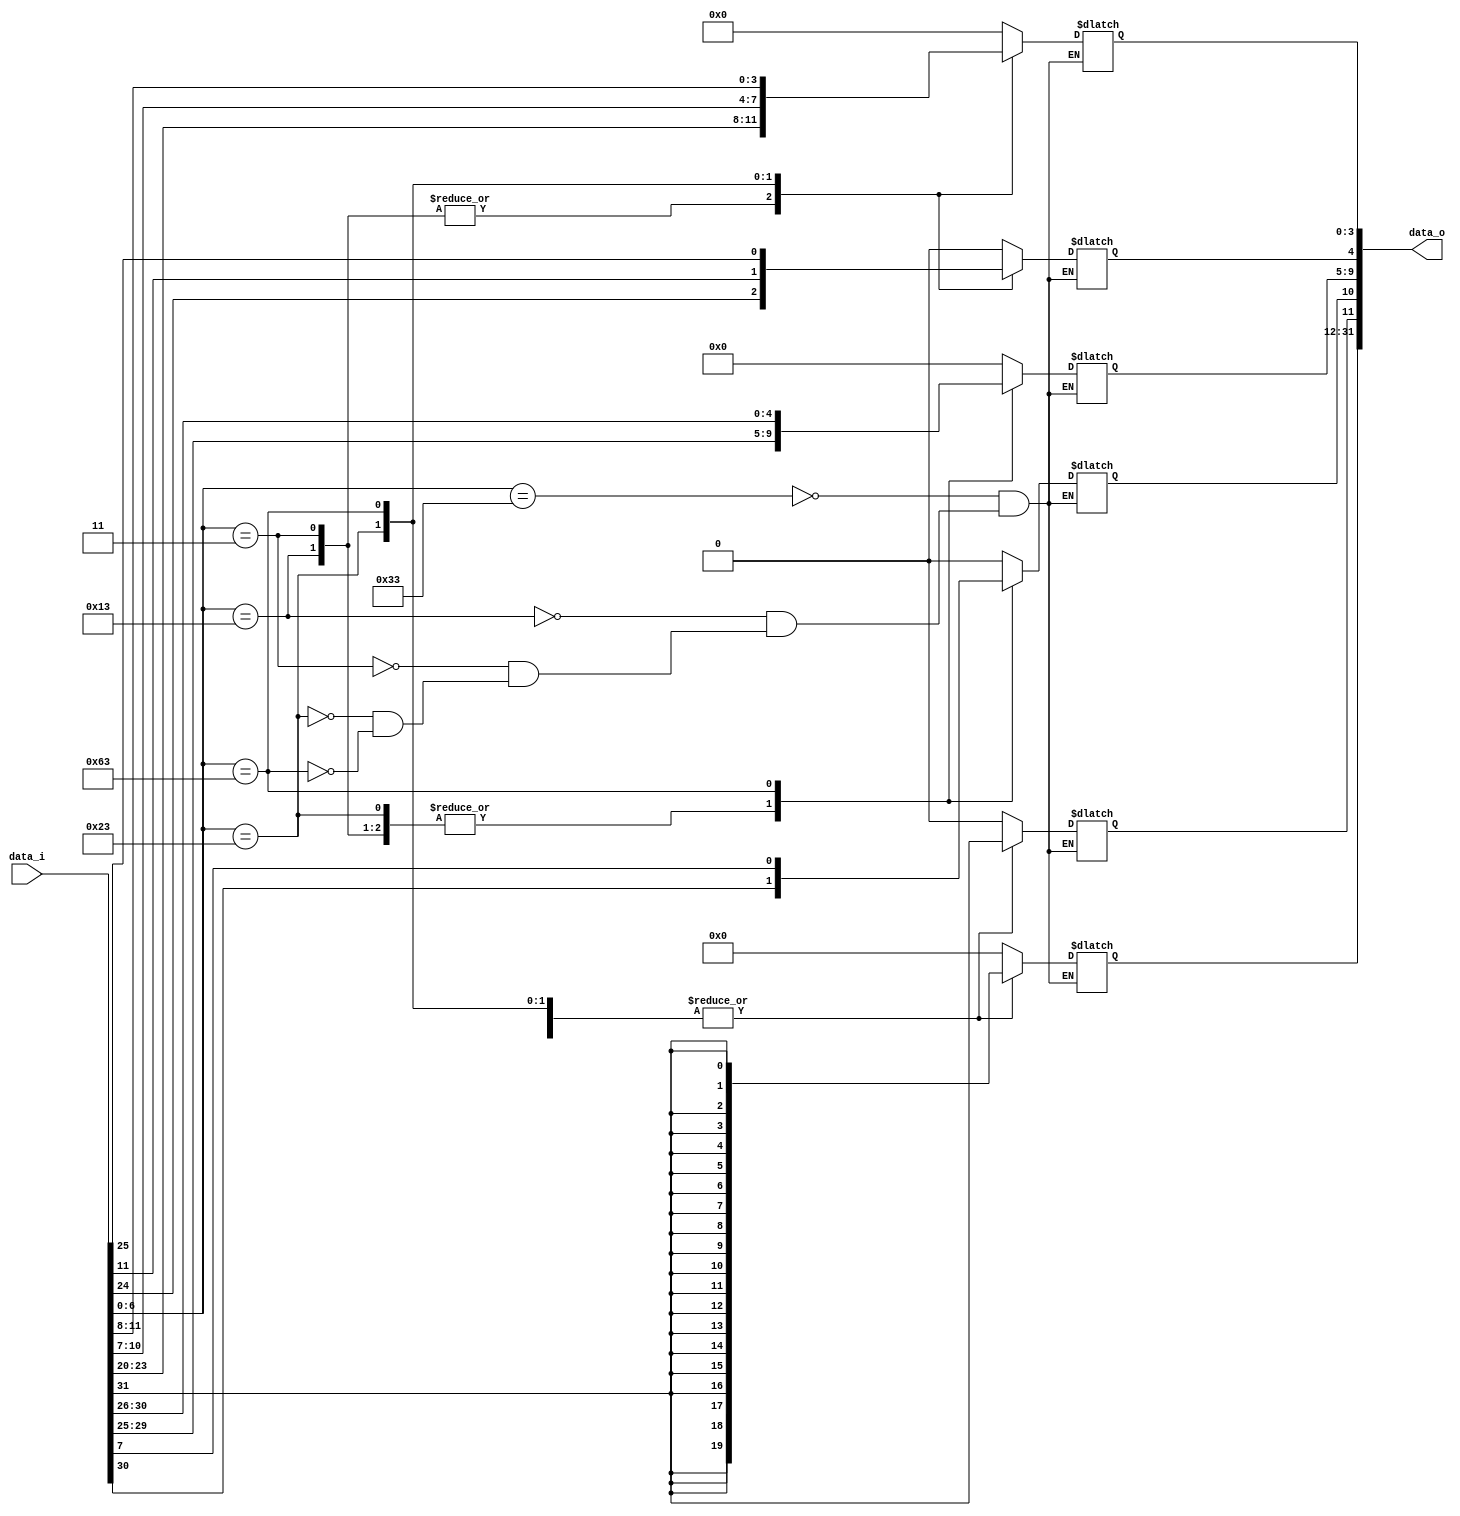
module Sign_Extend(
    data_i,	
    data_o	  
);

// Ports
input 	[31:0] 		data_i;

output 	[31:0] 		data_o;

reg 	[31:0] 		data_o;

always @ (data_i) begin
		case(data_i[6:0])
		// R-Type (Arithmetic)
		7'b0110011: begin
			data_o[31:0]  = 32'b0;
		end

		// I-Type (Immediate Arithmetic) 
		7'b0010011: begin
			data_o[31:0] = {{20{data_i[31]}},data_i[31:20]};
		end

		// I-Type (Load) 
		7'b0000011: begin
			data_o[31:0] = {{20{data_i[31]}},data_i[31:20]};
		end

		// S-Type (Store)
		7'b0100011: begin
			data_o[31:12] = {20{data_i[31]}};
			data_o[11:5] = data_i[31:25];
			data_o[4:0] = data_i[11:7];
		end

		// SB-Type (Branch)
		7'b1100011: begin
			data_o[31:11] = {21{data_i[31]}};
			data_o[10] = data_i[7];
			data_o[9:4] = data_i[30:25];
			data_o[3:0] = data_i[11:8];
		end
	endcase	
end

	
endmodule